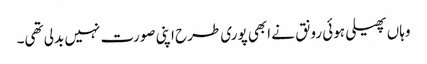
وہاں پھیلی ہوئی رونق نے ابھی پوری طرح اپنی صورت نہیں بدلی تھی۔